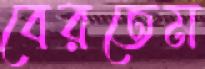
বেরতেম